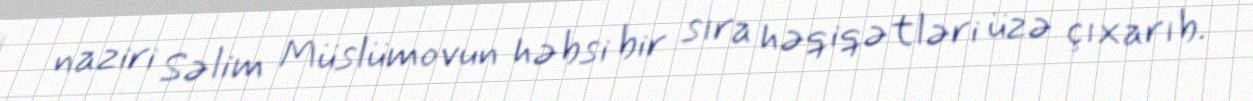
naziri Səlim Müslümovun həbsi bir sıra həqiqətləri üzə çıxarıb.